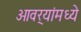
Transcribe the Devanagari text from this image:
ओवर्‍यांमध्ये